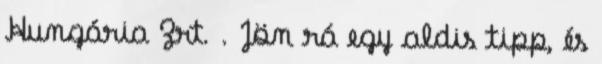
Hungária Zrt. . Jön rá egy aldis tipp, és